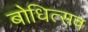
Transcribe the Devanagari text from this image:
बोधित्सव